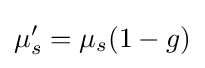
\mu _{s}^{\prime }=\mu _{s}(1-g)